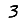
Digit: 3